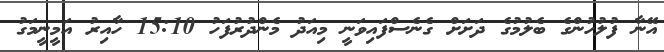
އޭނާ ފުލުހުންގެ ބެލުމުގެ ދަށަށް ގެނެސްފައިވަނީ މިއަދު މެންދުރުފަހު 15:10 ހާއިރު އަމީނީމަގު